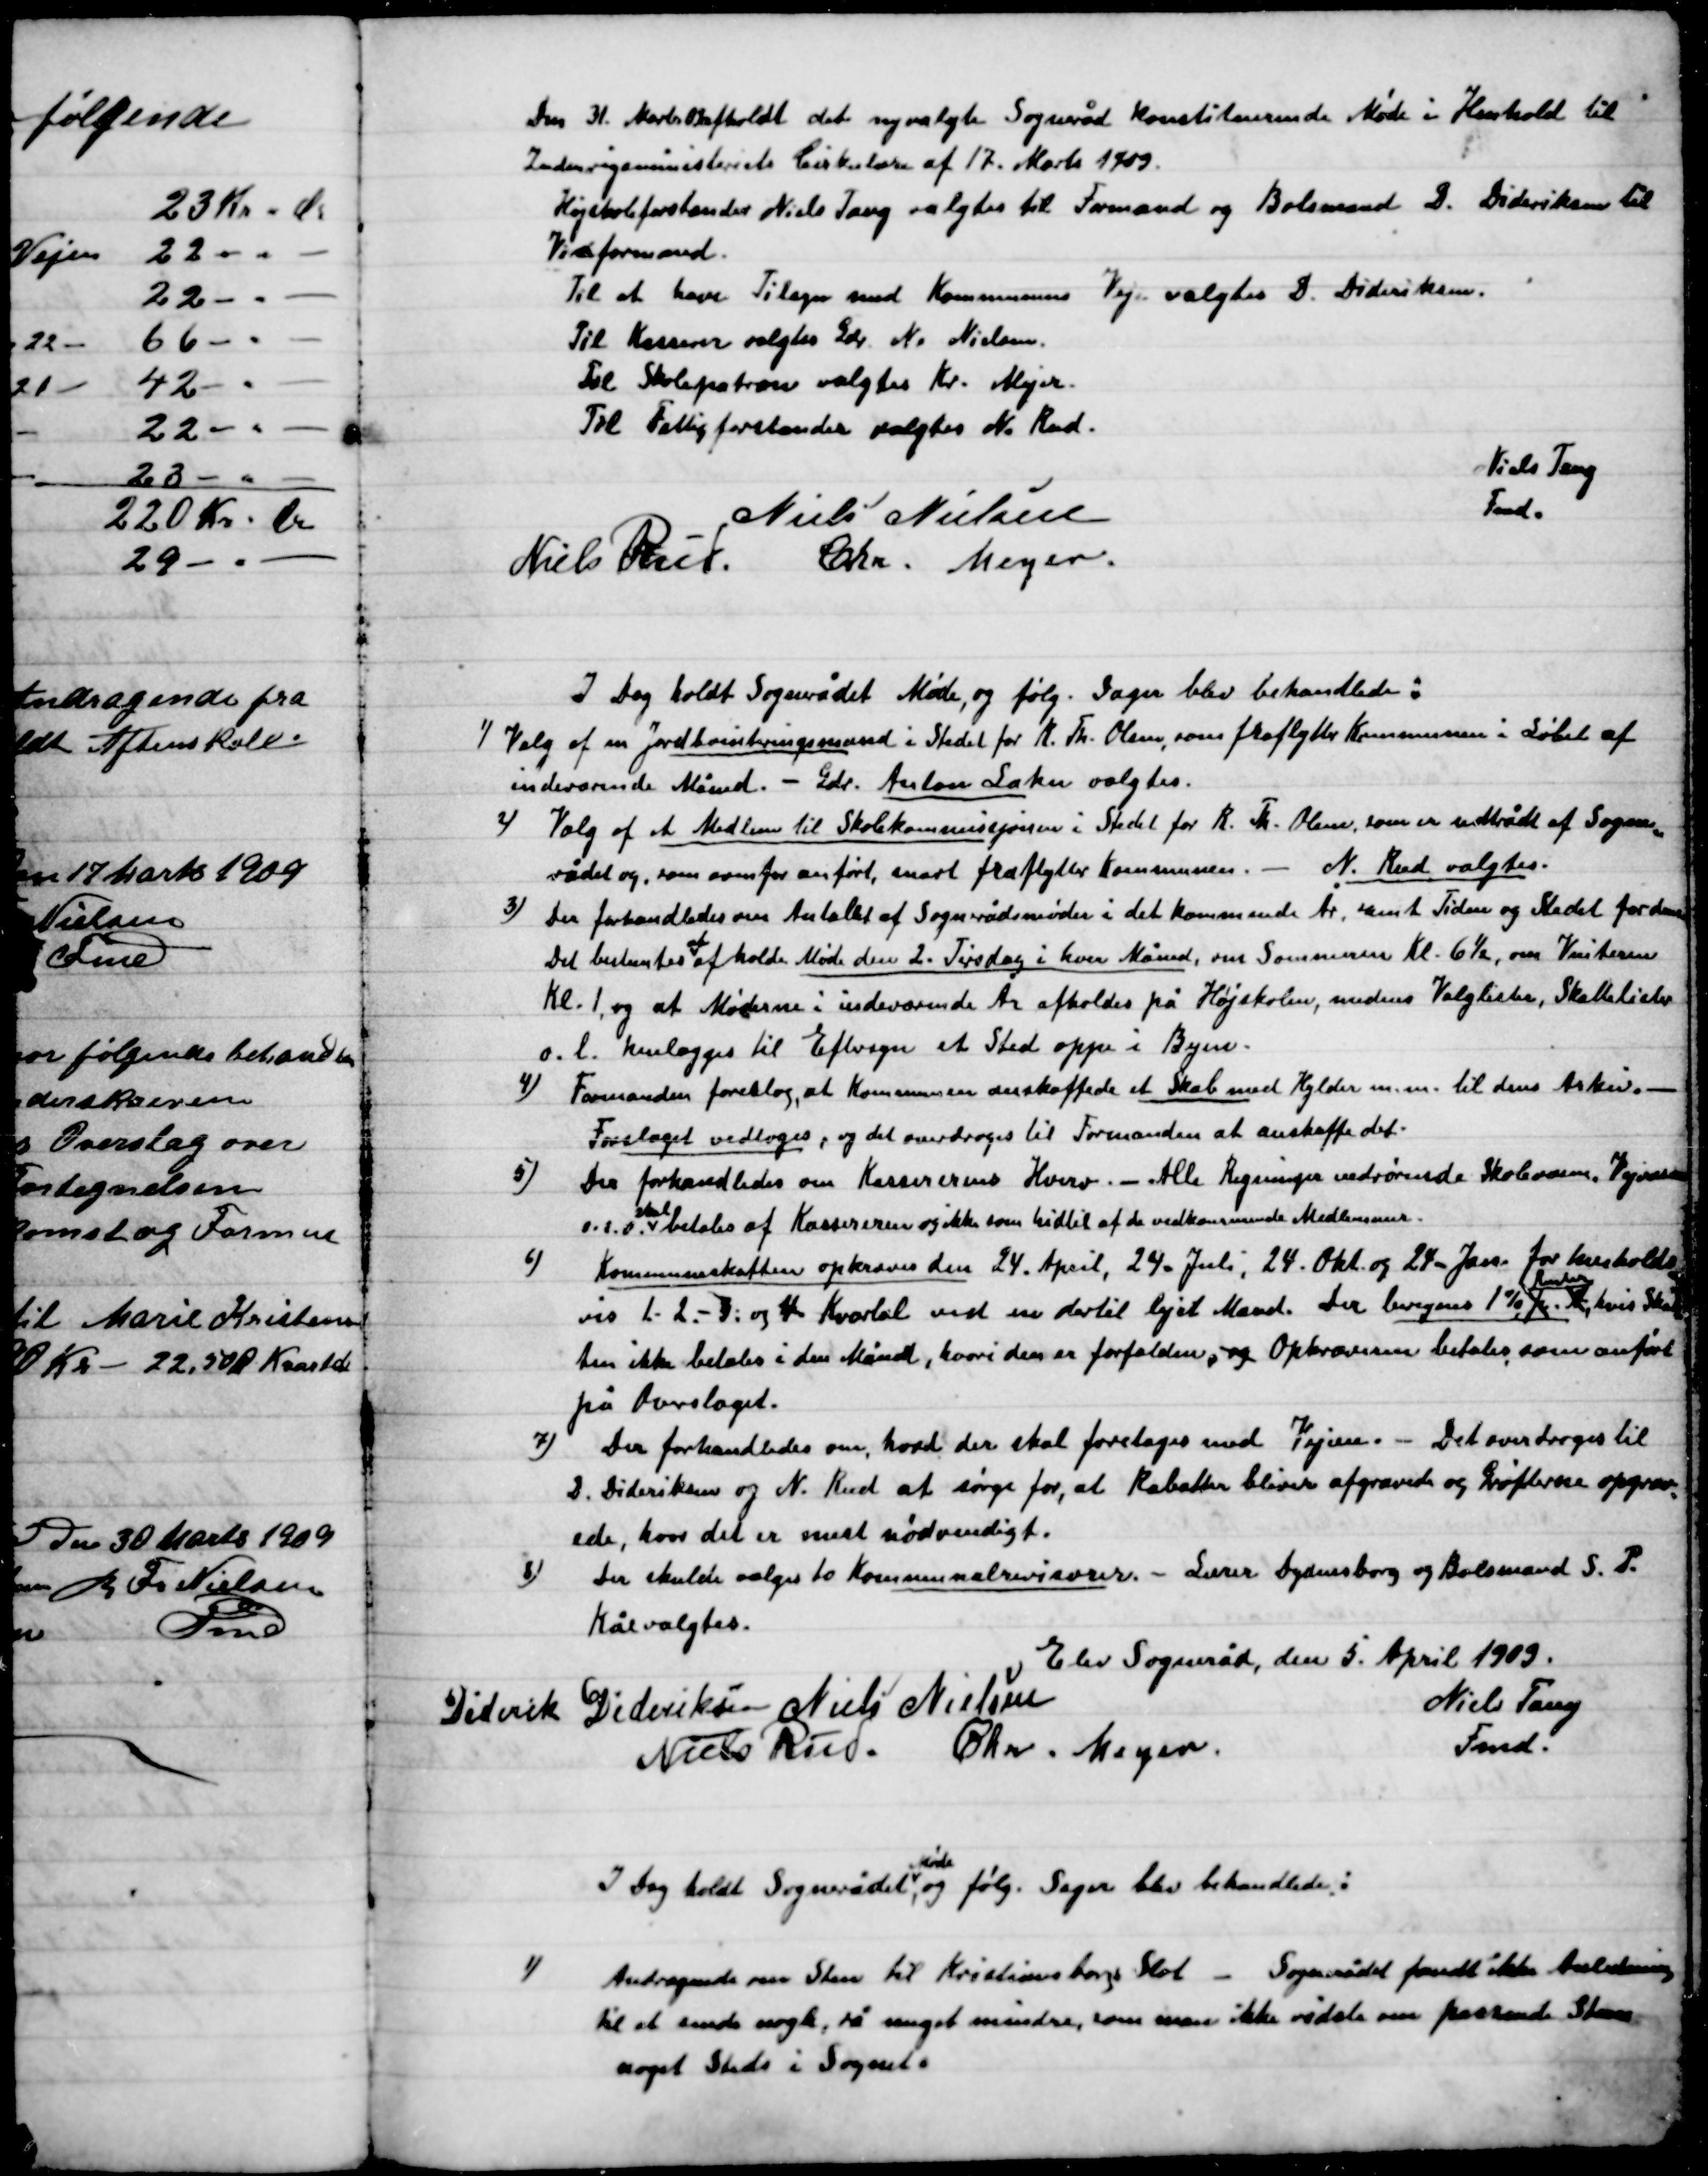
Transskription:
Den 31. Marts 09 afholdt det nyvalgte Sogneråd Konstituerede Møde i Henholdt til
Indenrigsministeriets Cirkulære af 17. Marts 1909.
Højskoleforstander Niels Tang valgtes til Formand og Boelsmand D. Dideriksen til
Viseformand.
Til at have Tilsyn med Kommunens Veje valgtes D. Dideriksen
Til Kasserer valgtes Gdr. N. Nielsen.
Til Skolepatron valgtes Kr. Mejer.
Til Fattigforstander valgtes N. Rud.

Niels Tang
Fmd.
Niels Nielsen
Niels Rud
Chr. Meyer

I Dag holdt sognerådet Møde, og følg. Sager blev behandlede:

1)

Valg af en Jordboniteringsmand i stedet for R. Th. Olesen, som fraflytter Kommunen i løbet af
Indeværende Måned. – Gdr. Anton Lahu valgtes.

2)

Valg af et Medlem til Skole kommissionen i stedet for R. Th. Olesen, som er udtrådt af Sogne-
rådet og som for anført, snarest fraflytter Kommunen. – N. Rud valgtes.

3)

Der forhandledes om Antallet af Sognerådsmøder i det kommende År. samt Tiden og Stedet for denne
Det bestemtes at afholde Møde den 2. Tirsdag i hver Måned, om Sommeren Kl.  6½, om Vinteren
Kl. 1. og at Møderne i indeværende År afholdes på Højskolen, mens Valglister, Skattelister
o.l. henlægges Eftersyn et Sted oppe i Byen.

4)

Formanden foreslog, at Kommunen anskaffede et Skab med Hylder m.m. til dens Arkiv.
Forslaget vedtoges, og det overdroges til Formanden at anskaffe det.

5)

Der forhandledes om Kasserernes Hverv. – Alle Regningen vedrørende Skolevæsen, Vejvæsen
osv. skal betales af Kassererne og ikke som hidtil af de vedkommende Medlemmer.

6)

Kommuneskatten opkræves den 24 April, 24 Juli, 24 Okt. og 24 Jan. for henholds-
vis 1. 2. – 3. og 4. Kvartal ved en dertil lejet Mand. Der beregnes 1 % pr.
Rente,
hvis Skat-
ten ikke betales i den Måned, hvori den er forfalden, og Opkræveren betales, som anført
på Overslaget.

7)

Der forhandledes om, hvad der skal foretages med Vejen . - Det overdroges til
D. Dideriksen og N. Rud at sørge for, at Rabatter bliver afgravede og Grøfterne opgrav-
ede, hvor der er mest nødvendigt.

8)

Der skulle vælges 10 Kommunale Revisorerne – Lærer Dydensborg og Boelsmand S. P.
Kåe valgtes.

Elev Sogneråd, den 5. April 1909.

Diderik Dideriksen
Niels Nielsen
Niels Tang
Fmd.
Niels Rud
Chr. Meyer

I Dag holdt Sognerådet
Møde,
og følg. Sager blev behandlede:

1)

Andragende om Sten til Kristiansborgs Slot – Sognerådet fandt ikke Anledning
til at sende nogle, så meget mindre, som man ikke vidste om passende Sten
noget Steds i Sognet.